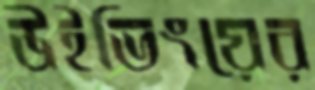
উইভিংয়ের